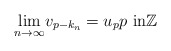
\begin{align*}\underset{n\rightarrow\infty}{\lim}v_{p-k_{n}}=u_pp\text{ in}\mathbb{Z}\end{align*}